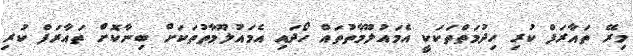
މިރޭ ތައާރަފް ކުރި ހިދުމަތްތަކަކީ އެމައުލޫމާތުތައް ހޯދައި އެމައުލޫމާތުތަކަށް ބިނާކޮށް ތައާރަފް ކުރި